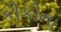
કીકીના